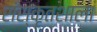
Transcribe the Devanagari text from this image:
संस्कृतशाला